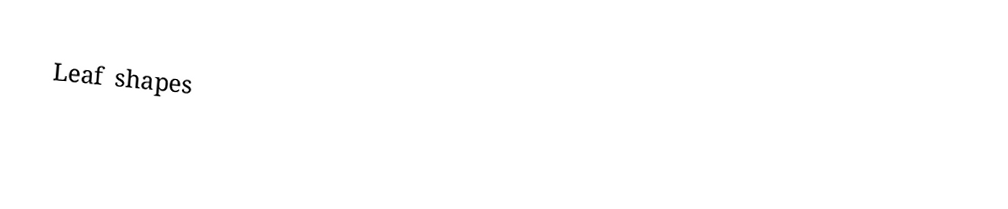
Leaf shapes